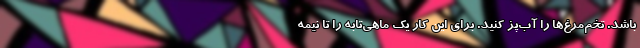
باشد. تخم‌مرغ‌ها را آب‌پز کنید. برای این کار یک ماهی‌تابه را تا نیمه